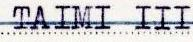
TAIMI III